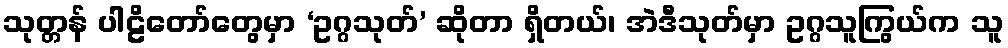
သုတ္တန် ပါဠိတော်တွေမှာ ‘ဥဂ္ဂသုတ်’ ဆိုတာ ရှိတယ်၊ အဲဒီသုတ်မှာ ဥဂ္ဂသူကြွယ်က သူ